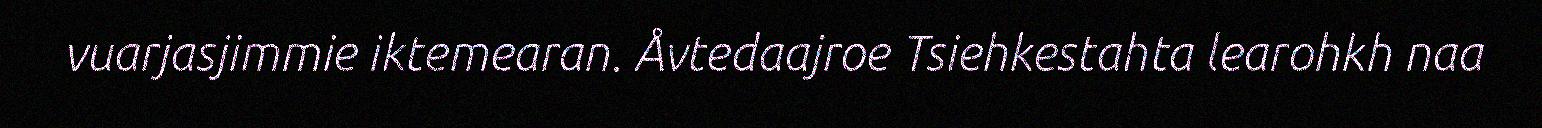
vuarjasjimmie iktemearan. Åvtedaajroe Tsiehkestahta learohkh naa